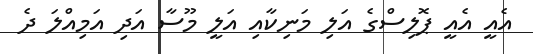
އެއީ އެއީ ޕޮލިސްގެ އަލި މަނިކާއި އަލީ މޫސާ އަދި އަމިއްލަ ދެ